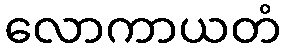
လောကာယတံ